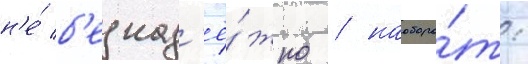
н'е́ б'езнад'ё́жно / наоборо́т: